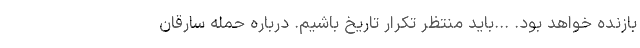
بازنده خواهد بود. ...باید منتظر تکرار تاریخ باشیم. درباره حمله سارقان